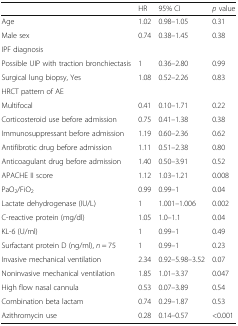
<table><thead><tr><td></td><td><b>HR</b></td><td><b>95% CI</b></td><td><b><i>p</i> value</b></td></tr></thead><tbody><tr><td>Age</td><td>1.02</td><td>0.98–1.05</td><td>0.31</td></tr><tr><td>Male sex</td><td>0.74</td><td>0.38–1.45</td><td>0.38</td></tr><tr><td>IPF diagnosis</td><td></td><td></td><td></td></tr><tr><td>Possible UIP with traction bronchiectasis</td><td>1</td><td>0.36–2.80</td><td>0.99</td></tr><tr><td>Surgical lung biopsy, Yes</td><td>1.08</td><td>0.52–2.26</td><td>0.83</td></tr><tr><td>HRCT pattern of AE</td><td></td><td></td><td></td></tr><tr><td>Multifocal</td><td>0.41</td><td>0.10–1.71</td><td>0.22</td></tr><tr><td>Corticosteroid use before admission</td><td>0.75</td><td>0.41–1.38</td><td>0.38</td></tr><tr><td>Immunosuppressant before admission</td><td>1.19</td><td>0.60–2.36</td><td>0.62</td></tr><tr><td>Antifibrotic drug before admission</td><td>1.11</td><td>0.51–2.38</td><td>0.80</td></tr><tr><td>Anticoagulant drug before admission</td><td>1.40</td><td>0.50–3.91</td><td>0.52</td></tr><tr><td>APACHE II score</td><td>1.12</td><td>1.03–1.21</td><td>0.008</td></tr><tr><td>PaO<sub>2</sub>/FiO<sub>2</sub></td><td>0.99</td><td>0.99–1</td><td>0.04</td></tr><tr><td>Lactate dehydrogenase (IU/L)</td><td>1</td><td>1.001–1.006</td><td>0.002</td></tr><tr><td>C-reactive protein (mg/dl)</td><td>1.05</td><td>1.0–1.1</td><td>0.04</td></tr><tr><td>KL-6 (U/ml)</td><td>1</td><td>0.99–1</td><td>0.49</td></tr><tr><td>Surfactant protein D (ng/ml), <i>n</i> = 75</td><td>1</td><td>0.99–1</td><td>0.23</td></tr><tr><td>Invasive mechanical ventilation</td><td>2.34</td><td>0.92–5.98–3.52</td><td>0.07</td></tr><tr><td>Noninvasive mechanical ventilation</td><td>1.85</td><td>1.01–3.37</td><td>0.047</td></tr><tr><td>High flow nasal cannula</td><td>0.53</td><td>0.07–3.89</td><td>0.54</td></tr><tr><td>Combination beta lactam</td><td>0.74</td><td>0.29–1.87</td><td>0.53</td></tr><tr><td>Azithromycin use</td><td>0.28</td><td>0.14–0.57</td><td>&lt;0.001</td></tr></tbody></table>